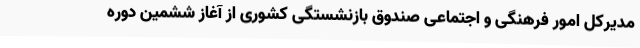
مدیرکل امور فرهنگی و اجتماعی صندوق بازنشستگی کشوری از آغاز ششمین دوره